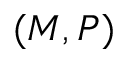
( M , P )